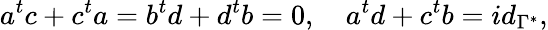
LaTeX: a^{t}c+c^{t}a=b^{t}d+d^{t}b=0,\quad a^{t}d+c^{t}b=id_{\Gamma^{*}},